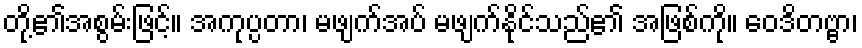
တို့၏အစွမ်းဖြင့်။ အကုပ္ပတာ၊ မဖျက်အပ် မဖျက်နိုင်သည်၏ အဖြစ်ကို။ ဝေဒိတဗ္ဗာ၊